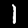
Label: 1